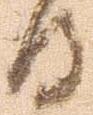
日